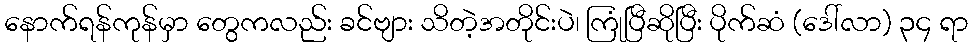
နောက်ရန်ကုန်မှာ တွေကလည်း ခင်ဗျား သိတဲ့အတိုင်းပဲ၊ ကြုံပြီဆိုပြီး ပိုက်ဆံ (ဒေါ်လာ) ၃၄ ရာ